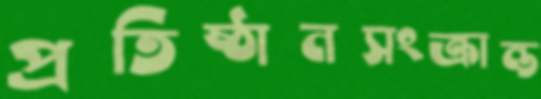
প্রতিষ্ঠানসংক্রান্ত